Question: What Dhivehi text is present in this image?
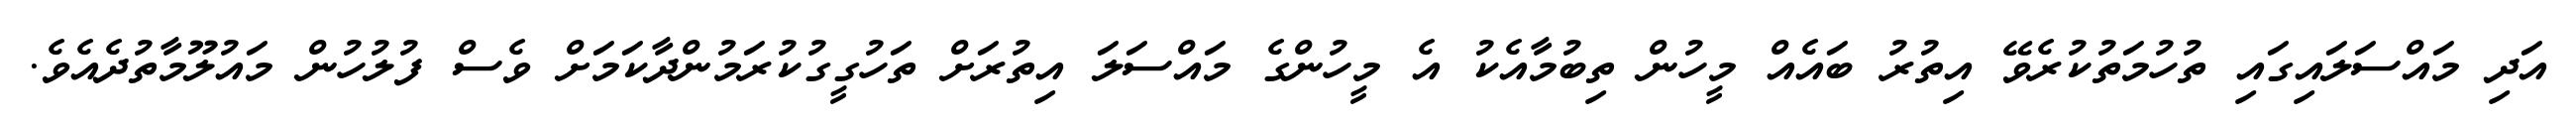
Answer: އަދި މައްސަލައިގައި ތުހުމަތުކުރެވޭ އިތުރު ބައެއް މީހުން ތިބުމާއެކު އެ މީހުންގެ މައްސަލަ އިތުރަށް ތަހުގީގުކުރަމުންދާކަމަށް ވެސް ފުލުހުން މައުލޫމާތުދެއެވެ.